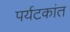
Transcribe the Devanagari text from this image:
पर्यटकांत